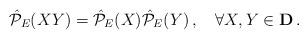
LaTeX: \begin{align*}\hat{\cal P}_{E}(XY)= \hat{\cal P}_{E}(X)\hat{\cal P}_{E}(Y)\,, \quad \forall X,Y\in {\bf D}\,.\end{align*}